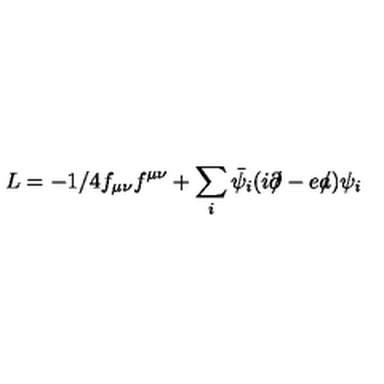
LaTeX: L = - 1 / 4 f _ { \mu \nu } f ^ { \mu \nu } + \sum _ { i } \bar { \psi _ { i } } ( i \partial \! \! \! / - e a \! \! \! / ) \psi _ { i }